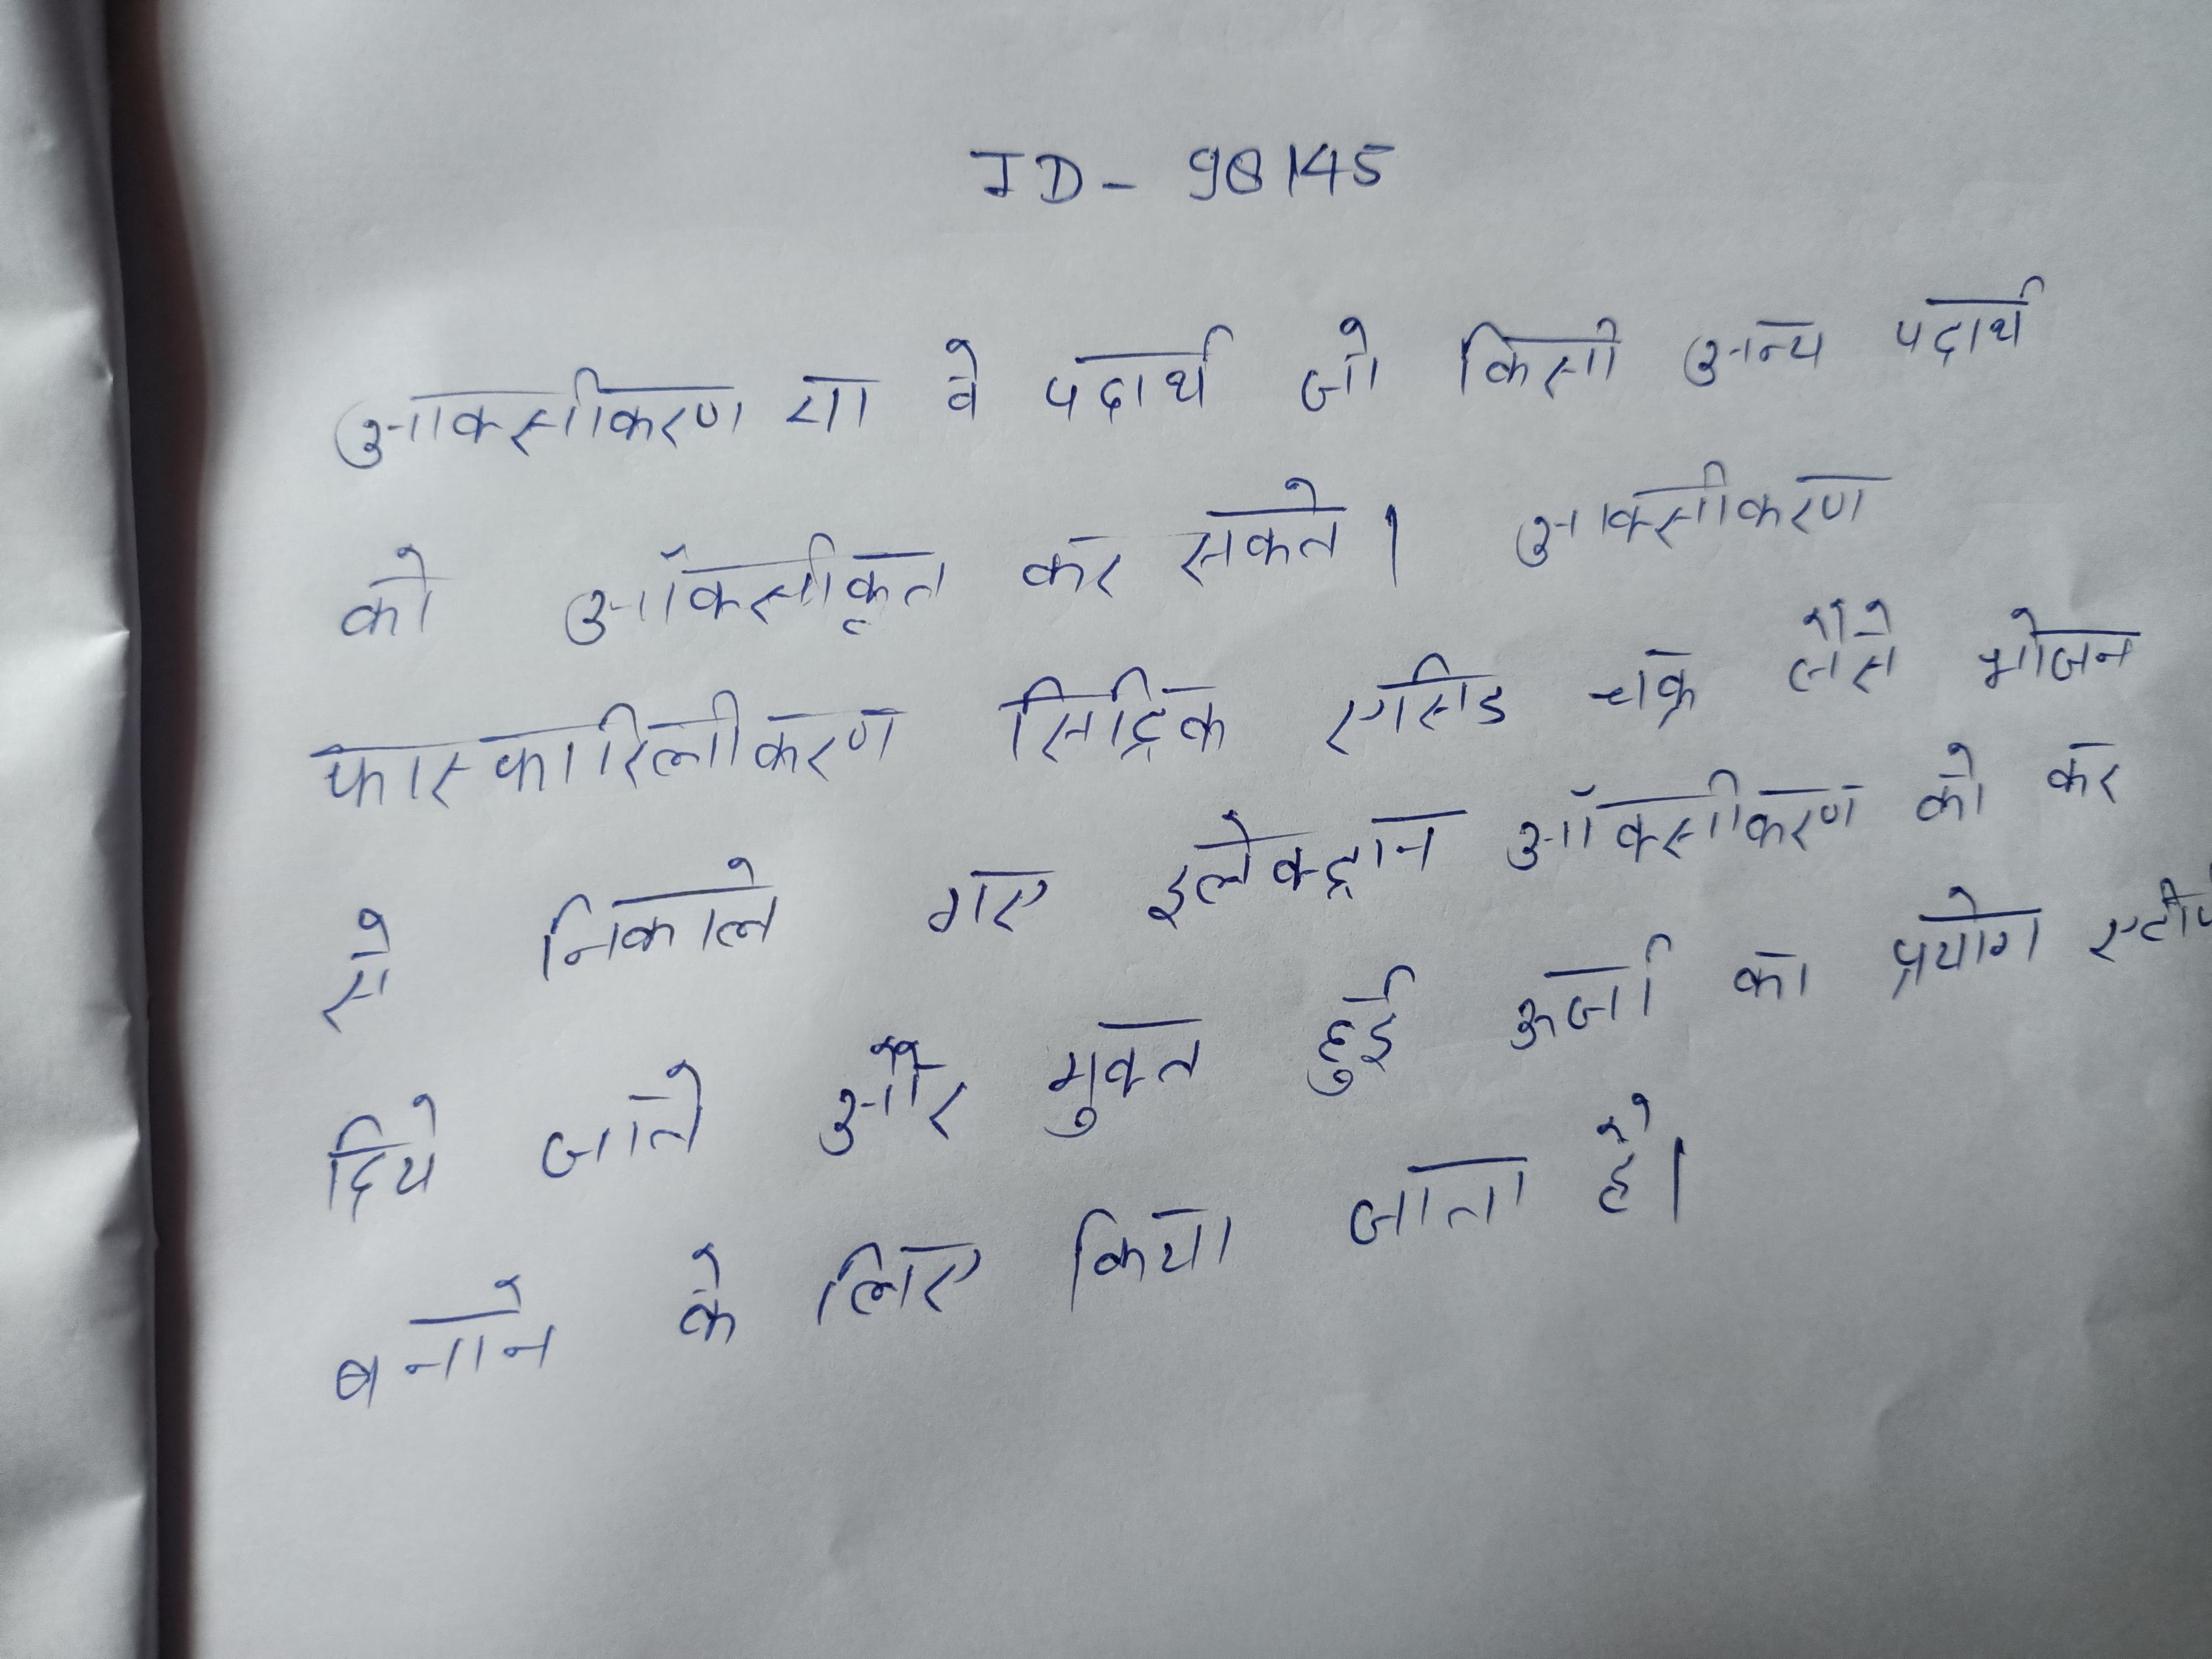
आक्सीकारक या वे पदार्थ जो किसी अन्य पदार्थ को आक्सीकृत कर सकते । आक्सीकारक फास्फारिलीकरण सिट्रिक एसिड चक्र जैसे भोजन से निकाले गए इलेक्ट्रान आक्सीजन को कर दिये जाते और मुक्त हुई ऊर्जा का प्रयोग एटीपी बनाने के लिये किया जाता है ।